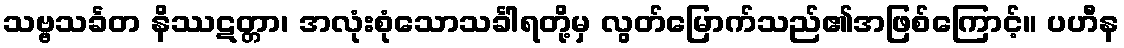
သဗ္ဗသင်္ခတ နိဿဋတ္တာ၊ အလုံးစုံသောသင်္ခါရတို့မှ လွတ်မြောက်သည်၏အဖြစ်ကြောင့်။ ပဟီန